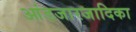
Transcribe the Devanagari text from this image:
आंडजारजादिका